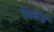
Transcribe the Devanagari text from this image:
वैल्वर्ड